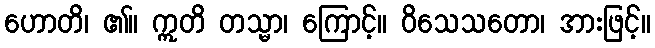
ဟောတိ၊ ၏။ ဣတိ တသ္မာ၊ ကြောင့်။ ဝိသေသတော၊ အားဖြင့်။